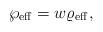
LaTeX: \begin{align*}\wp_{\rm eff}=w\varrho_{\rm eff},\end{align*}